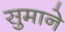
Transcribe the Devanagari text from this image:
सुमाने